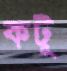
কটূ